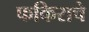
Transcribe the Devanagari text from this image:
फकिराचे